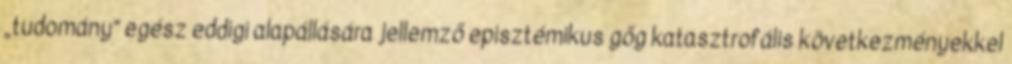
„tudomány” egész eddigi alapállására jellemző episztémikus gőg katasztrofális következményekkel